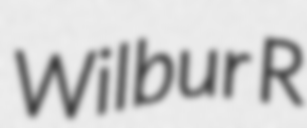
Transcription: Wilbur R